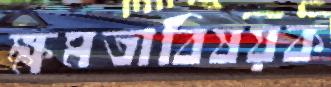
ক্ষমতাবিষয়ক